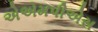
એએમપીએસ